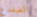
الضفدع